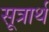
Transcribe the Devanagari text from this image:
सूत्रार्थ